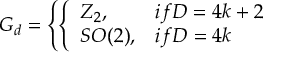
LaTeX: { \cal G } _ { d } = \left\{ \left\{ \begin{array} { l l } { { Z _ { 2 } , } } & { { i f D = 4 k + 2 } } \\ { { S O ( 2 ) , } } & { { i f D = 4 k } } \end{array} \right. \right.